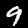
Label: 9